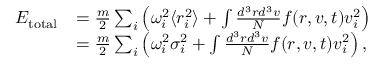
\begin{array} { r l } { E _ { \mathrm { t o t a l } } } & { = \frac { m } { 2 } \sum _ { i } \left( \omega _ { i } ^ { 2 } \langle r _ { i } ^ { 2 } \rangle + \int \frac { d ^ { 3 } r d ^ { 3 } v } { N } f ( \boldsymbol { r } , \boldsymbol { v } , t ) v _ { i } ^ { 2 } \right) } \\ & { = \frac { m } { 2 } \sum _ { i } \left( \omega _ { i } ^ { 2 } \sigma _ { i } ^ { 2 } + \int \frac { d ^ { 3 } r d ^ { 3 } v } { N } f ( \boldsymbol { r } , \boldsymbol { v } , t ) v _ { i } ^ { 2 } \right) , } \end{array}